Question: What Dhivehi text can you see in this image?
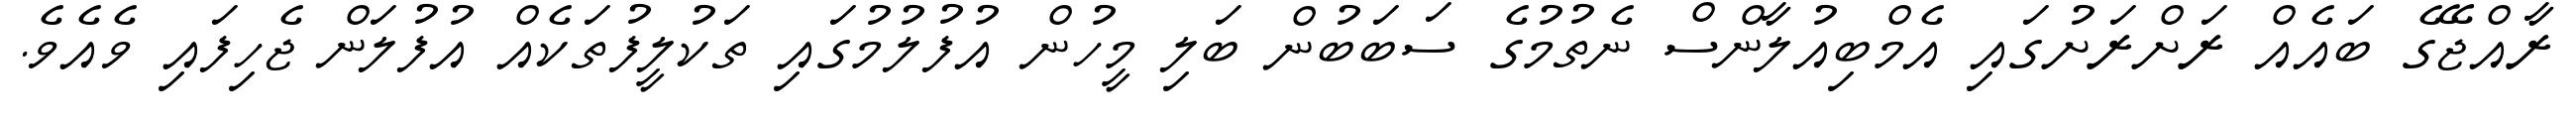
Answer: ރާއްޖޭގެ ބައެއް ރަށްރަށުގައި އެމްބިއުލާންސް ނެތުމުގެ ސަބަބުން ބަލި މީހުން އުފުލުމުގައި ތަކުލީފުތަކެއް އުފުލަން ޖެހިފައި ވެއެވެ.